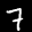
Label: 7